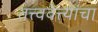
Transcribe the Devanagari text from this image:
तत्त्ववेत्त्यांचा